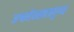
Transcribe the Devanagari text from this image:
अश्वमेघसहत्रपुण्य